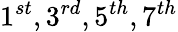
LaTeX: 1^{st},3^{rd},5^{th},7^{th}